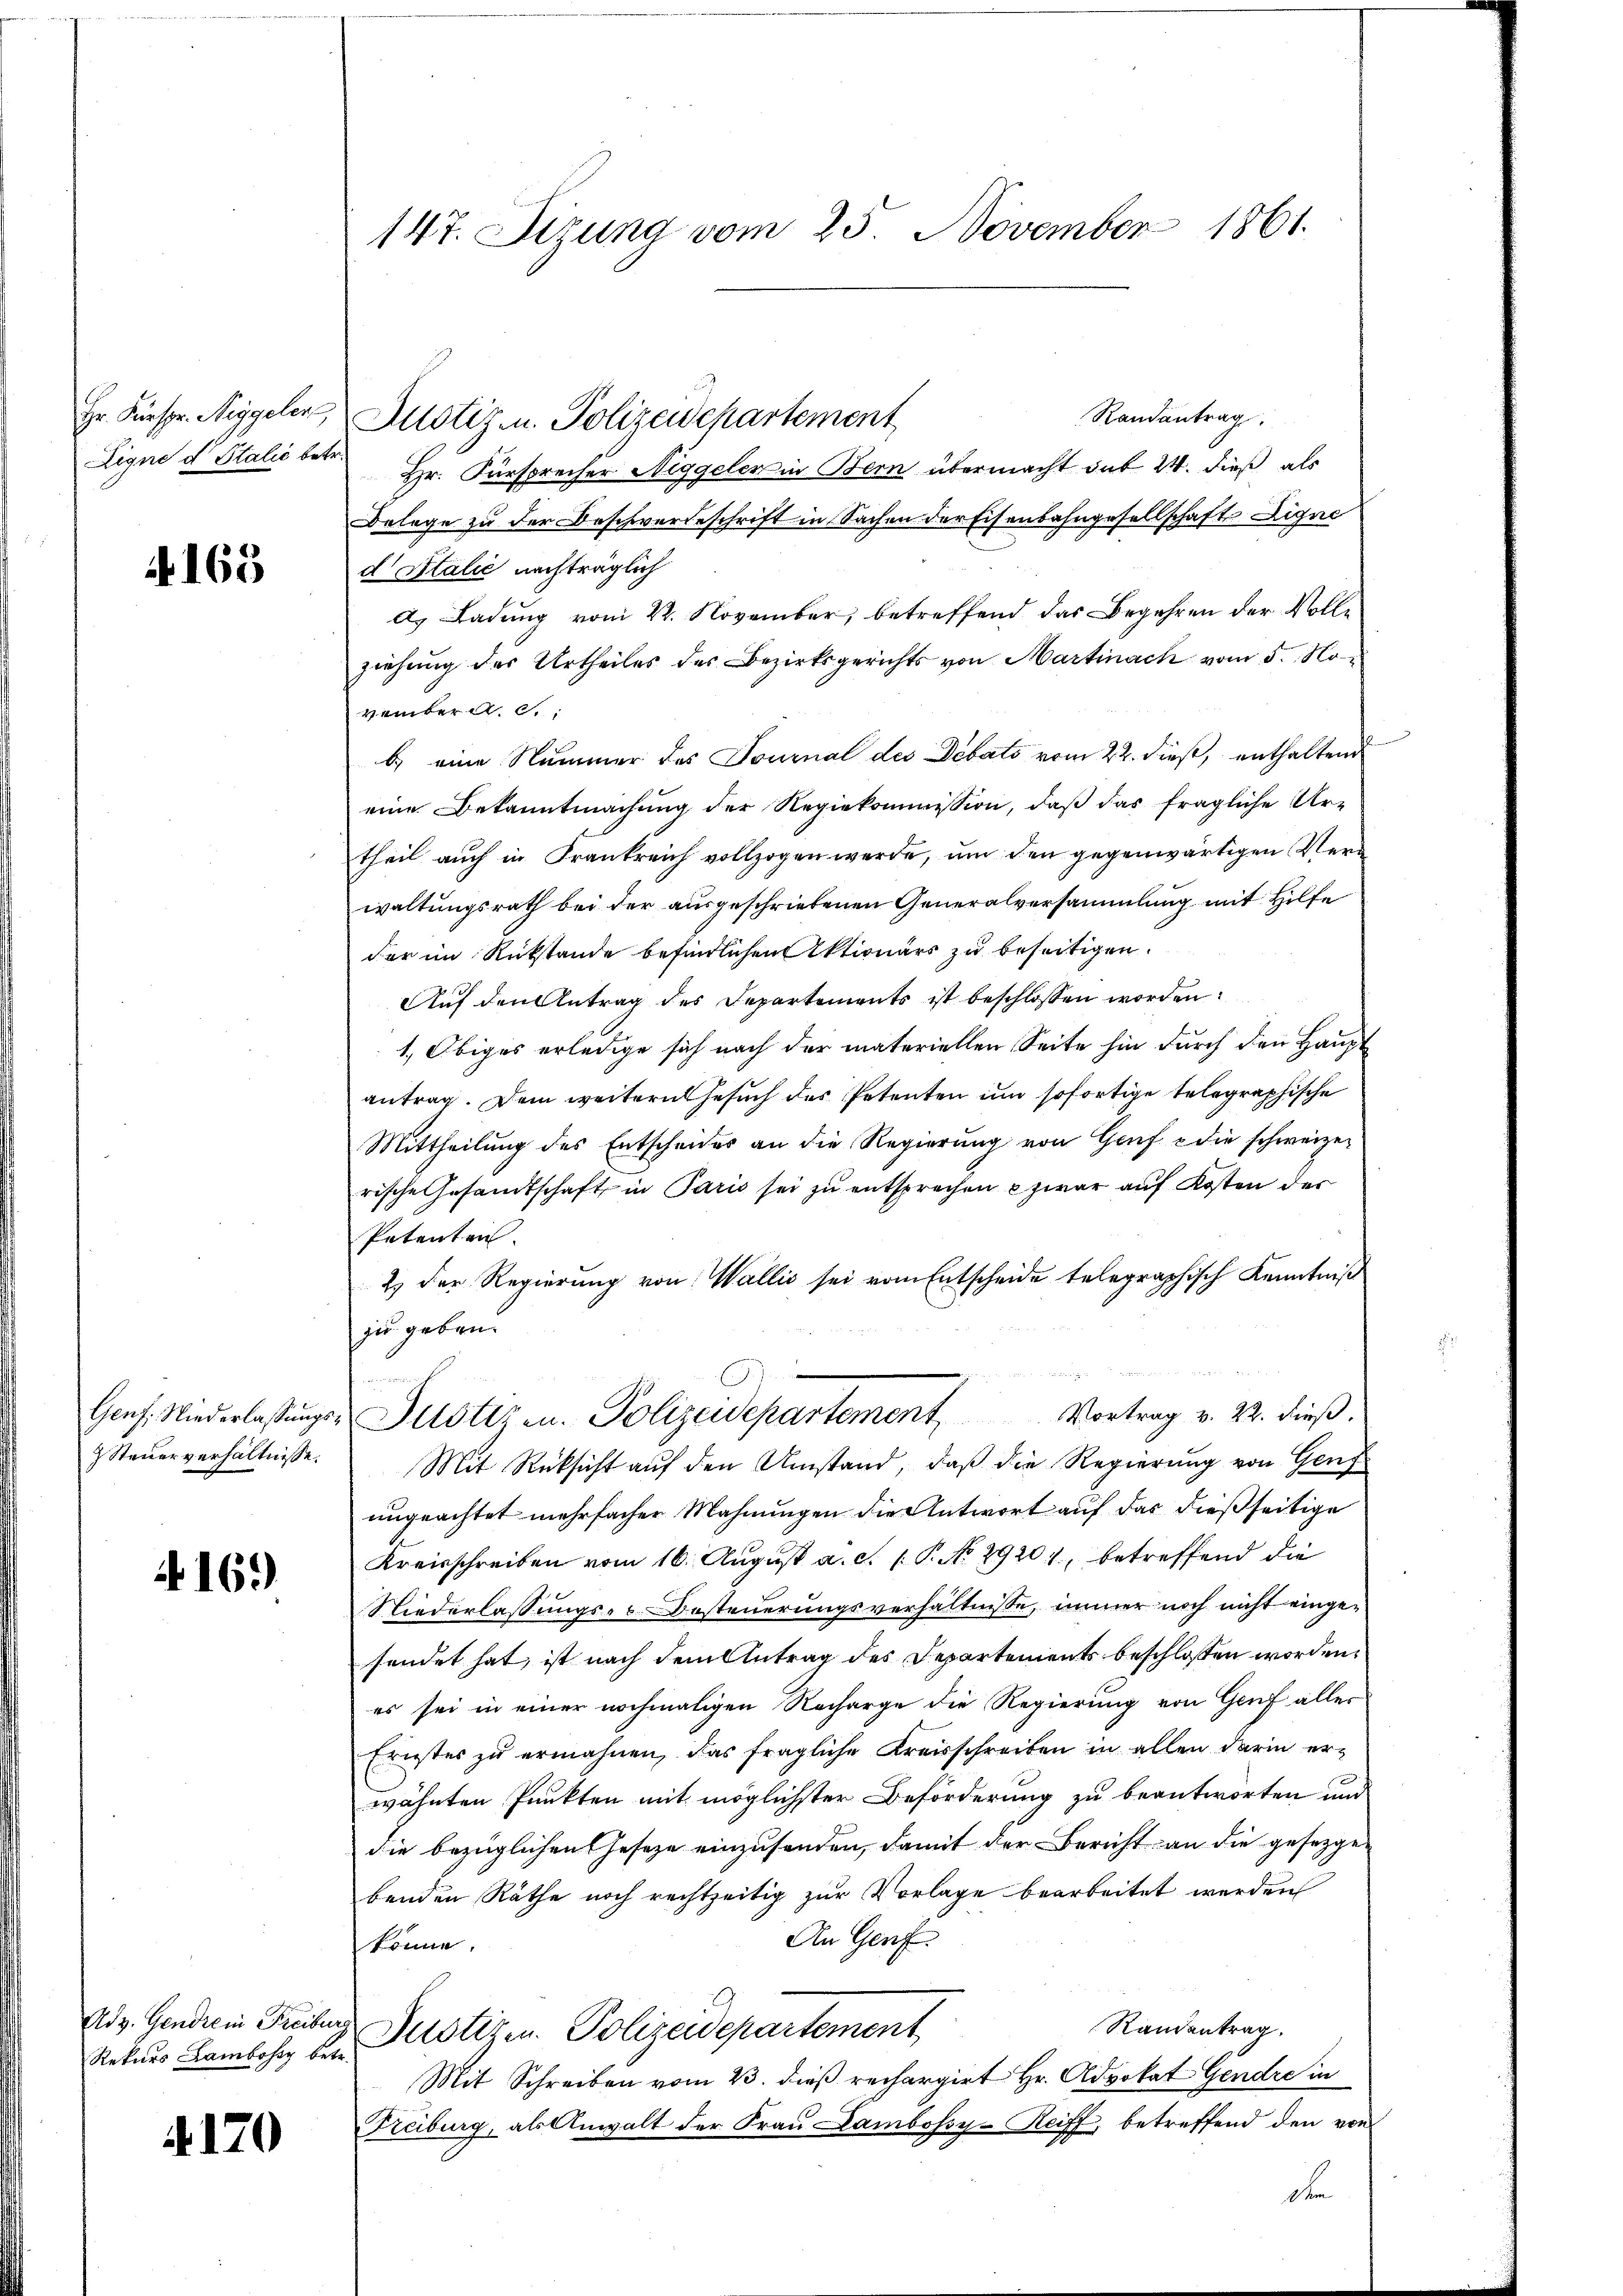
Hr. Fürspr. Niggeler
Eigne d Stalić bet.

165

Genf, Niederlassungs
 Steuerverhältnisse.

4169)

Rekurs Lambossy betr.

4170

147. Sizung vom 25. November 1861.

Randantrag.
Mnotiz u. Polizeidchartement
Hr. Fürsprecher Niggeler in Bern übermacht sub 24. dieß als
Belege zu der Beschwerdeschrift in Sachen der Eisenbahngesellschaft Eigne
d Italie nachträglich
A. Ladung vom 22. November, betreffend das Begehren der Vollziehung des Urtheiles des Bezirksgerichts von Martinach vom 5. November a. c.:
b.) eine Nummer des Journal des Debato vom 22. dieß, enthaltend
eine Bekanntmachŭng der Regiekommission, daβ das fragliche Ur-
theil auch in Frankreich vollzogen werde, um den gegenwärtigen Verwaltungsrath bei der ausgeschriebenen Generalversammlung mit Hilfe
der im Rückstände befindlichen Aktionärs zu beseitigen.
Auf den Antrag des Departements ist beschlossen worden.
1., Obiges erledige sich nach der materiellen Seite hin durch den Haupt
antrag. Dem weitern Gesuch des Petenten um sofortige telegraphische
Mittheilung des Entscheides an die Regierŭng von Genf e die schweizer
rische Gesandtschaft in Paris sei zu entsprechen zwar auf Kosten der
Petenten.
2) Der Regierung von Wallis sei vom Entscheide telegraphisch Kenntniß
 x
zu geben.
a
u
u
Vortrag v. 22. dieß.
Justiz- u. Polizeidepartement
Mit Rücksicht auf den Umstand, daß die Regierung von Genf
ungeachtet mehrfacher Mahnungen die Antwort auf das dießseitige
Kreisschreiben vom 16. Aŭgŭst a. c. 1 P. No. 29201, betreffend die
Niederlassungs- Besteuerungsverhältnisse, immer noch nicht eingesendet hat, ist nach dem Antrag des Departements beschlossen worden,
es sei in einer nochmaligen Recharge die Regierung von Genf aller
Ernstes zŭ ermahnen, das fragliche Kreisschreiben in allen darin er-
wähnten Punkten mit möglichster Beförderung zu beantworten und
die bezüglichen Geseze einzusenden, damit der Bericht an die gesetzgebenden Räthe noch rechtzeitig zur Vorlage bearbeitet werden
An Genf
könne.
Randentrag.
Adv. Gendrei Freiburg Justizen. Polizeidepartement
Mit Schreiben vom 23. dieß rechargirt Hr. Advokat Gendre in
Freiburg, als Anwalt der Frau Lambossy-Reiff, betreffend den von
d